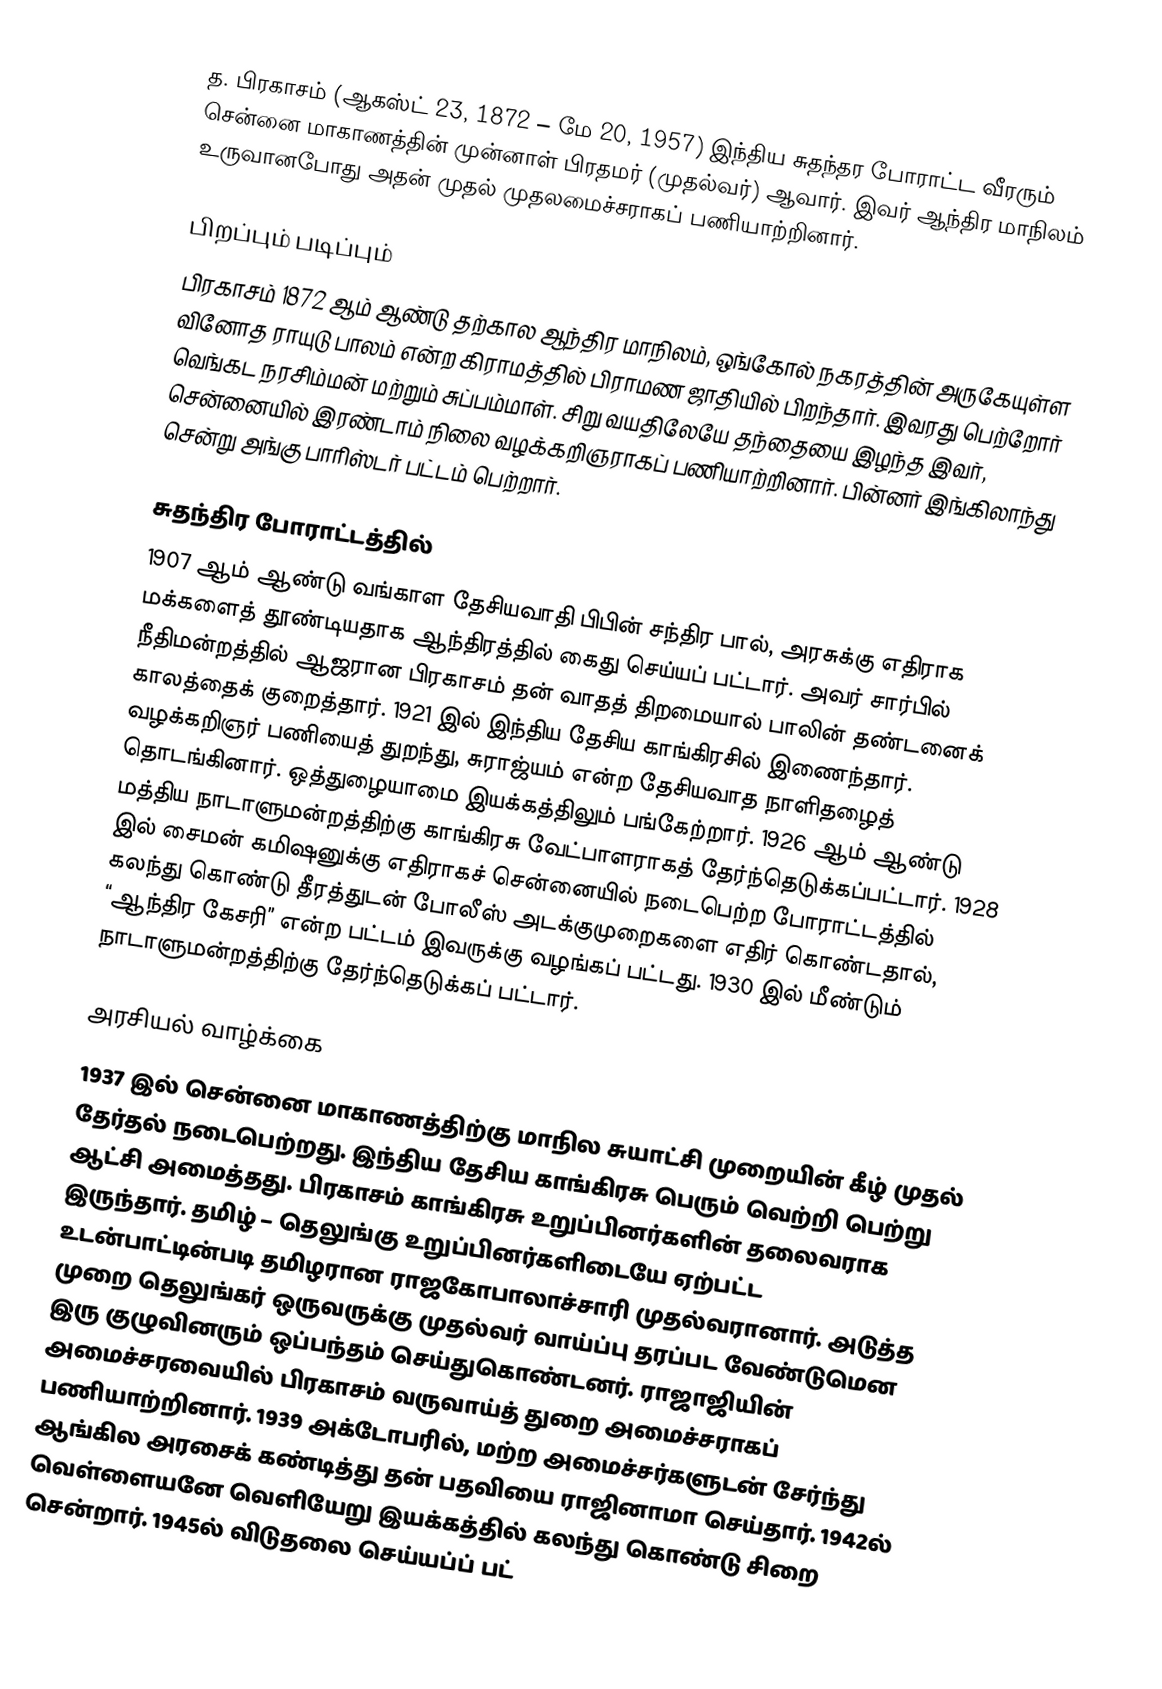
த. பிரகாசம் (ஆகஸ்ட் 23, 1872 – மே 20, 1957) இந்திய சுதந்தர போராட்ட வீரரும் சென்னை மாகாணத்தின்  முன்னாள் பிரதமர் (முதல்வர்) ஆவார். இவர் ஆந்திர மாநிலம் உருவானபோது அதன் முதல் முதலமைச்சராகப் பணியாற்றினார்.

பிறப்பும் படிப்பும்
பிரகாசம் 1872 ஆம் ஆண்டு தற்கால ஆந்திர மாநிலம், ஒங்கோல் நகரத்தின் அருகேயுள்ள வினோத ராயுடு பாலம் என்ற கிராமத்தில் பிராமண ஜாதியில் பிறந்தார். இவரது பெற்றோர் வெங்கட நரசிம்மன் மற்றும் சுப்பம்மாள். சிறு வயதிலேயே தந்தையை இழந்த இவர், சென்னையில் இரண்டாம் நிலை வழக்கறிஞராகப் பணியாற்றினார். பின்னர் இங்கிலாந்து சென்று அங்கு பாரிஸ்டர் பட்டம் பெற்றார்.

சுதந்திர போராட்டத்தில்
1907 ஆம் ஆண்டு வங்காள தேசியவாதி பிபின் சந்திர பால், அரசுக்கு எதிராக மக்களைத் தூண்டியதாக ஆந்திரத்தில் கைது செய்யப் பட்டார். அவர் சார்பில் நீதிமன்றத்தில் ஆஜரான பிரகாசம் தன் வாதத் திறமையால் பாலின் தண்டனைக் காலத்தைக் குறைத்தார். 1921 இல் இந்திய தேசிய காங்கிரசில் இணைந்தார். வழக்கறிஞர் பணியைத் துறந்து, சுராஜ்யம் என்ற தேசியவாத நாளிதழைத் தொடங்கினார். ஒத்துழையாமை இயக்கத்திலும் பங்கேற்றார். 1926 ஆம் ஆண்டு மத்திய நாடாளுமன்றத்திற்கு காங்கிரசு வேட்பாளராகத் தேர்ந்தெடுக்கப்பட்டார். 1928 இல் சைமன் கமிஷனுக்கு எதிராகச் சென்னையில் நடைபெற்ற போராட்டத்தில் கலந்து கொண்டு தீரத்துடன் போலீஸ் அடக்குமுறைகளை எதிர் கொண்டதால், “ஆந்திர கேசரி” என்ற பட்டம் இவருக்கு வழங்கப் பட்டது. 1930 இல் மீண்டும் நாடாளுமன்றத்திற்கு தேர்ந்தெடுக்கப் பட்டார்.

அரசியல் வாழ்க்கை
1937 இல் சென்னை மாகாணத்திற்கு மாநில சுயாட்சி முறையின் கீழ் முதல் தேர்தல் நடைபெற்றது. இந்திய தேசிய காங்கிரசு பெரும் வெற்றி பெற்று ஆட்சி அமைத்தது. பிரகாசம் காங்கிரசு உறுப்பினர்களின் தலைவராக இருந்தார். தமிழ் – தெலுங்கு உறுப்பினர்களிடையே ஏற்பட்ட உடன்பாட்டின்படி தமிழரான ராஜகோபாலாச்சாரி முதல்வரானார். அடுத்த முறை தெலுங்கர் ஒருவருக்கு முதல்வர் வாய்ப்பு தரப்பட வேண்டுமென இரு குழுவினரும் ஒப்பந்தம் செய்துகொண்டனர். ராஜாஜியின் அமைச்சரவையில் பிரகாசம் வருவாய்த் துறை அமைச்சராகப் பணியாற்றினார். 1939 அக்டோபரில், மற்ற அமைச்சர்களுடன் சேர்ந்து ஆங்கில அரசைக் கண்டித்து தன் பதவியை ராஜினாமா செய்தார். 1942ல் வெள்ளையனே வெளியேறு இயக்கத்தில் கலந்து கொண்டு சிறை சென்றார். 1945ல் விடுதலை செய்யப்ப் பட்